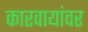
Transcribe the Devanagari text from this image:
कारवायांवर